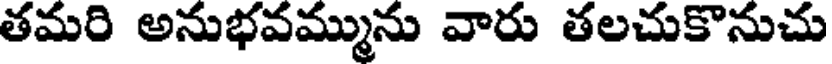
తమరి అనుభవమ్మును వారు తలచుకొనుచు